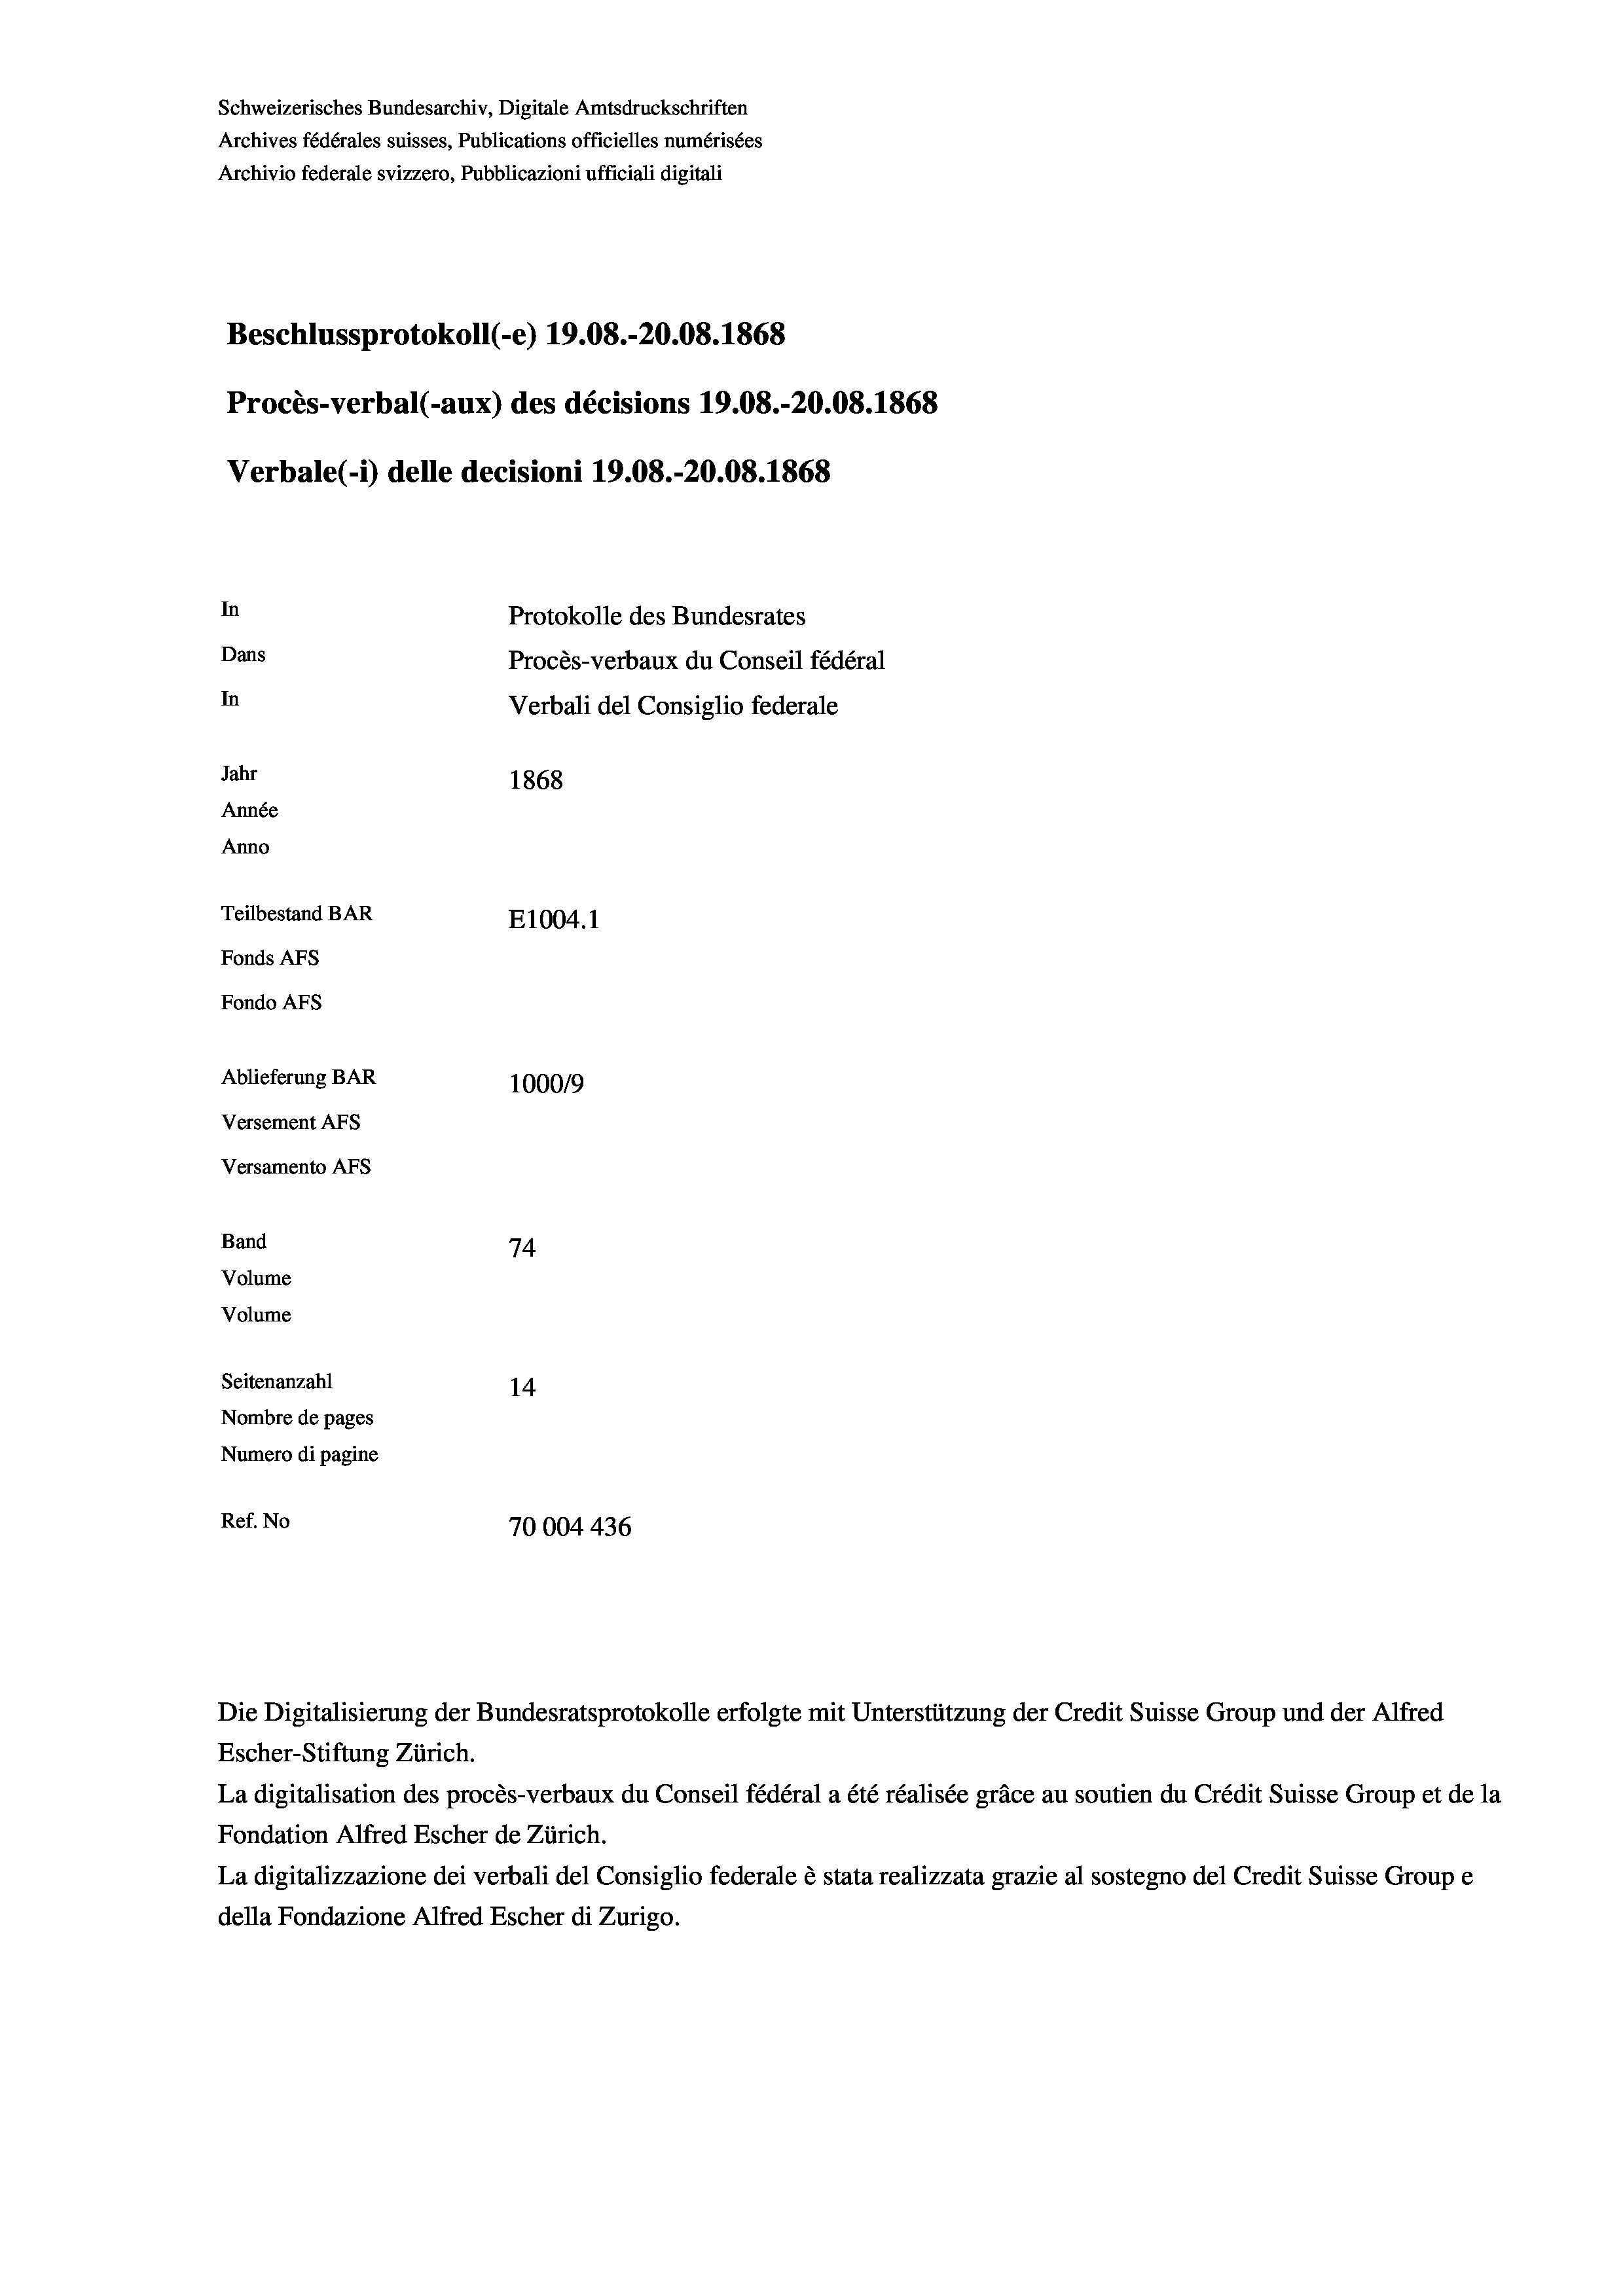
Schweizerisches Bundesarchiv, Digitale Amtsdruckschriften
Archives fédérales suisses, Publications officielles numérisées
Archivio federale svizzero, Pubblicazioni ufficiali digitali
Beschlussprotokoll (-e) 19.08.-20.08. 1868
Procès-verbal (-aux) des décisions 19.08.-20.08. 1868
Verbale (i) delle decisioni 19.08.-20.08. 1868
In
Protokolle des Bundesrates
Dans
Procès-verbaux du Conseil fédéral
In
Verbali del Consiglio federale
Jahr
1868
Année
Anno
Teilbestand BAR
E1004. 1
Fonds AFs
Fondo AFs
Ablieferung BAR
100019
Versement AFs
Versamento Afs

74
Volume
Volume
Seitenanzahl
14
Nombre de pages
Numero di pagine
Ref. No
70004 436

Band

Die Digitalisierung der Bundesratsprotokolle erfolgte mit Unterstützung der Credit Suisse Group und der Alfred
Escher-Stiftung Zürich.
La digitalisation des procès-verbaux du Conseil fédéral a été réalisée gräce au soutien du Crédit Suisse Group et de la
Fondation Alfred Escher de Zürich.
La digitalizzazione dei verbali del Consiglio federale è stata realizzata grazie al sostegno del Credit Suisse Groupe
della Fondazione Alfred Escher di Zurigo.